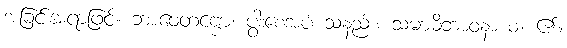
အခြင်းအရာဖြင့်။ ဘာဝေတဗ္ဗော၊ ပွါးစေအပ် သနည်း။ သမာဓိဘာဝနာယ၊ ၏။